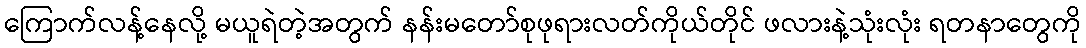
ကြောက်လန့်နေလို့ မယူရဲတဲ့အတွက် နန်းမတော်စုဖုရားလတ်ကိုယ်တိုင် ဖလားနဲ့သုံးလုံး ရတနာတွေကို